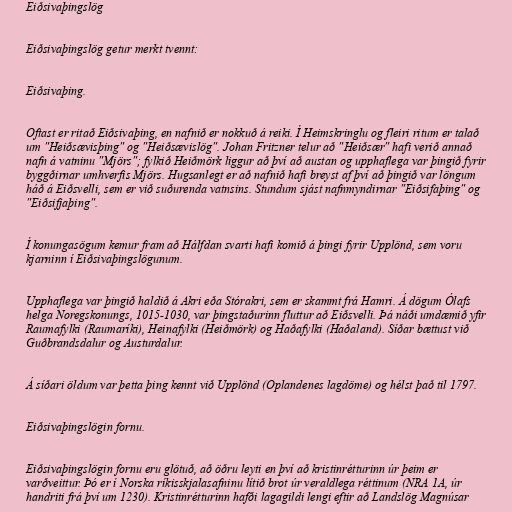
Eiðsivaþingslög

Eiðsivaþingslög getur merkt tvennt:

Eiðsivaþing.

Oftast er ritað Eiðsivaþing, en nafnið er nokkuð á reiki. Í Heimskringlu og fleiri ritum er talað
um "Heiðsævisþing" og "Heiðsævislög". Johan Fritzner telur að "Heiðsær" hafi verið annað
nafn á vatninu "Mjörs"; fylkið Heiðmörk liggur að því að austan og upphaflega var þingið fyrir
byggðirnar umhverfis Mjörs. Hugsanlegt er að nafnið hafi breyst af því að þingið var löngum
háð á Eiðsvelli, sem er við suðurenda vatnsins. Stundum sjást nafnmyndirnar "Eiðsifaþing" og
"Eiðsifjaþing".

Í konungasögum kemur fram að Hálfdan svarti hafi komið á þingi fyrir Upplönd, sem voru
kjarninn í Eiðsivaþingslögunum.

Upphaflega var þingið haldið á Akri eða Stórakri, sem er skammt frá Hamri. Á dögum Ólafs
helga Noregskonungs, 1015-1030, var þingstaðurinn fluttur að Eiðsvelli. Þá náði umdæmið yfir
Raumafylki (Raumaríki), Heinafylki (Heiðmörk) og Haðafylki (Haðaland). Síðar bættust við
Guðbrandsdalur og Austurdalur.

Á síðari öldum var þetta þing kennt við Upplönd (Oplandenes lagdöme) og hélst það til 1797.

Eiðsivaþingslögin fornu.

Eiðsivaþingslögin fornu eru glötuð, að öðru leyti en því að kristinrétturinn úr þeim er
varðveittur. Þó er í Norska ríkisskjalasafninu lítið brot úr veraldlega réttinum (NRA 1A, úr
handriti frá því um 1230). Kristinrétturinn hafði lagagildi lengi eftir að Landslög Magnúsar